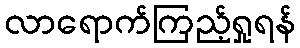
လာရောက်ကြည့်ရှုရန်